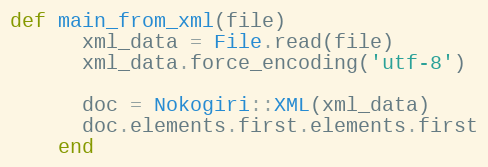
Language: Ruby
def main_from_xml(file)
      xml_data = File.read(file)
      xml_data.force_encoding('utf-8')

      doc = Nokogiri::XML(xml_data)
      doc.elements.first.elements.first
    end